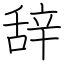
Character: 辞